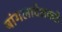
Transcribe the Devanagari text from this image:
बांगलादेशकडे